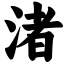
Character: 渚